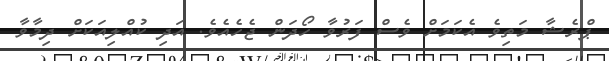
ޕްރެޝާ މަތިވެ އެކަމަށް ވެސް ފަރުވާ ހޯދަން ޖެހެއެވެ. އަދި ކުއްލިއަކަށް ދިމާވާ